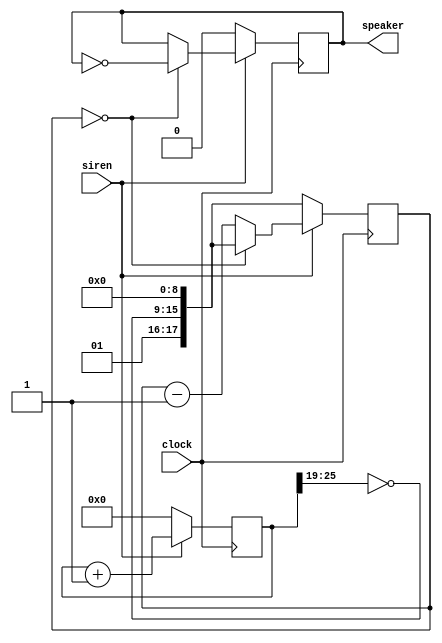
module SirenGenerator (input clock, siren, output reg speaker);

    reg [26:0] tone;
    wire [6:0] ramp = ~tone[25:19];
    wire [17:0] clockDivider = {2'b01, ramp, 9'b000000000};
    reg [17:0] counter;

    always @ (posedge clock)
        begin
            if (~siren)
                begin
                    speaker <= 1'b0;
                    tone <= 27'b000000000000000000000000000;
                    counter <= clockDivider;
                end
            else
                begin
                    tone <= tone + 27'b000000000000000000000000001;
                    if (counter == 18'b000000000000000000)
                        begin
                            counter <= clockDivider;
                            speaker <= ~speaker;
                        end
                    else
                        counter <= counter - 18'b00000000000000001;
                end
        end

endmodule